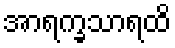
အာရက္ခသာရထိ